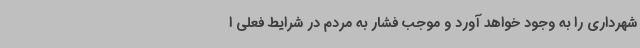
شهرداری را به وجود خواهد آورد و موجب فشار به مردم در شرایط فعلی ا